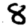
Digit: 8